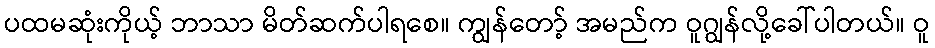
ပထမဆုံးကိုယ့် ဘာသာ မိတ်ဆက်ပါရစေ။ ကျွန်တော့် အမည်က ဝူဂျွန်လို့ခေါ်ပါတယ်။ ဝူ